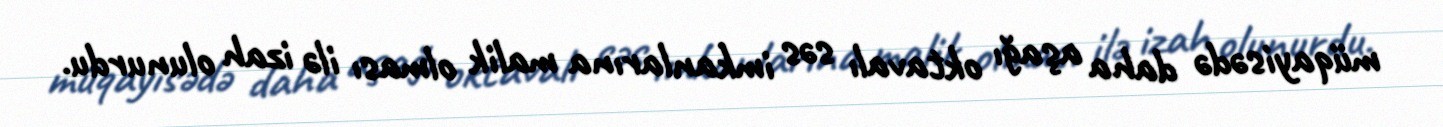
müqayisədə daha aşağı oktavalı səs imkanlarına malik olması ilə izah olunurdu.